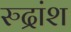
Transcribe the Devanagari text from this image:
रुद्रांश